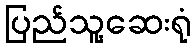
ပြည်သူ့ဆေးရုံ